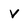
Character: V